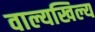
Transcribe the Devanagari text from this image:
वाल्यखिल्य